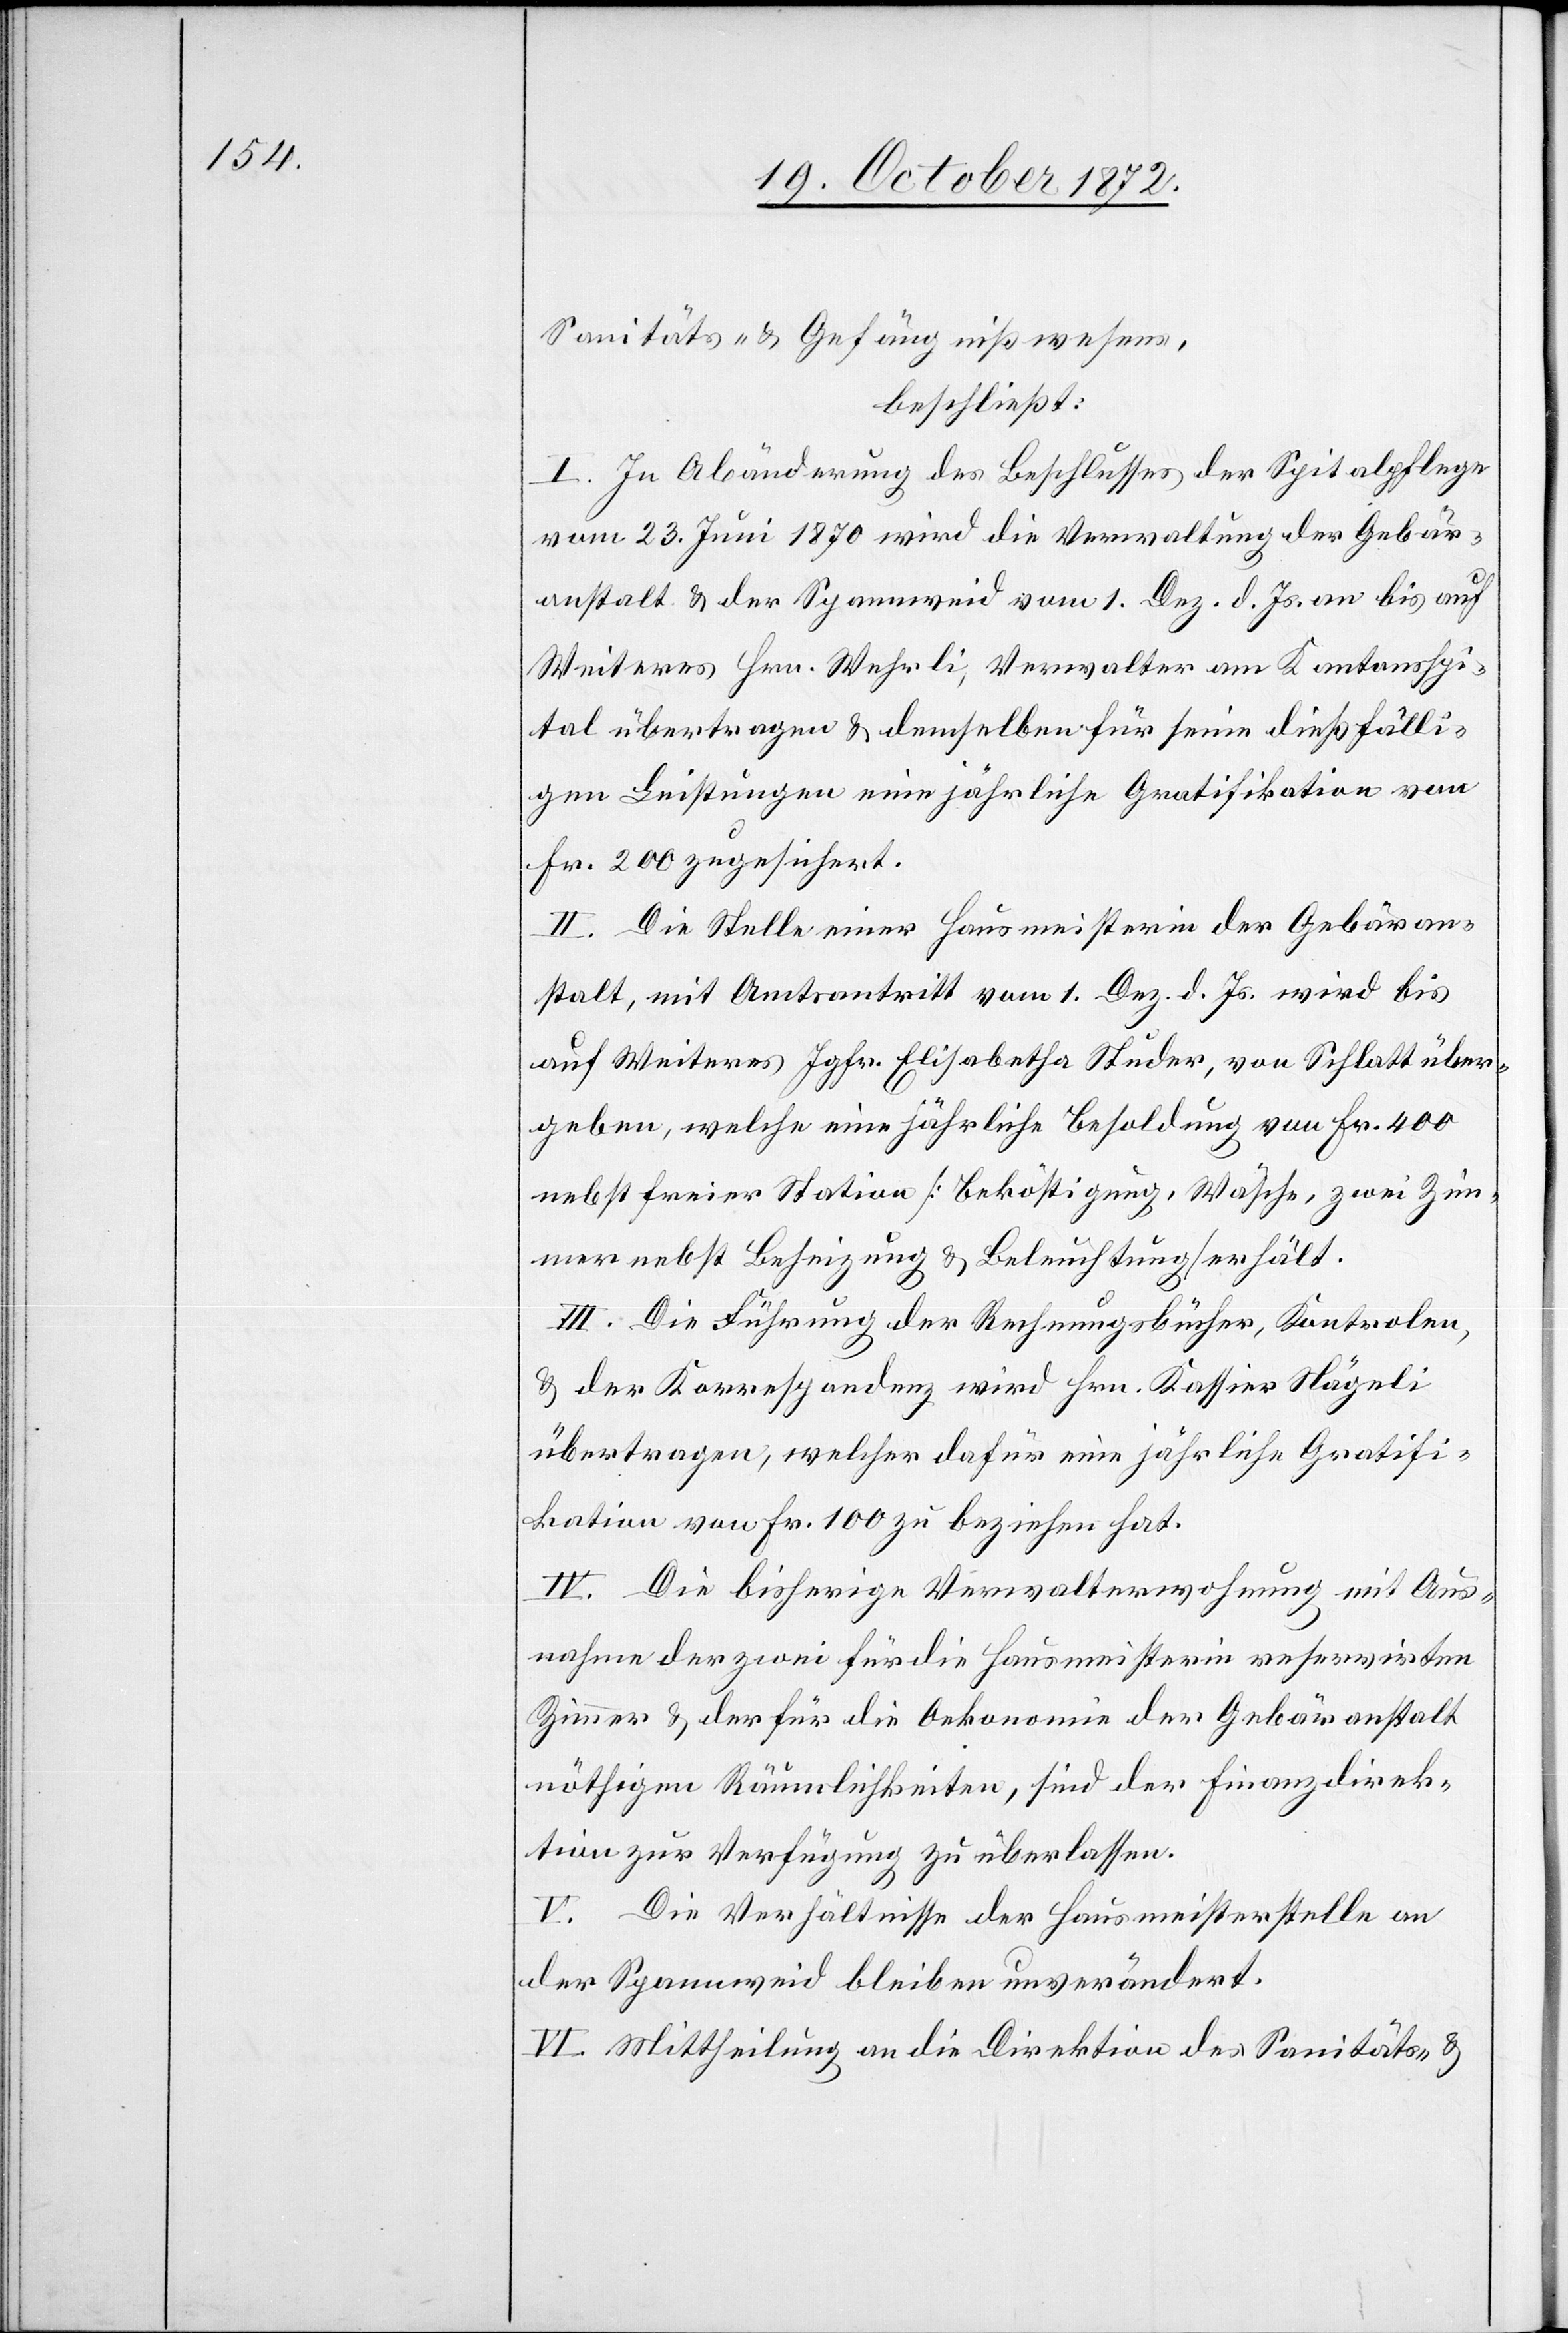
Sanitäts- u. Gefängnißwesens,
beschließt:
I. In Abänderung des Beschlusses der Spitalpflege
vom 23. Juni 1870 wird die Verwaltung der Gebär¬
anstalt u. der Spannweid vom 1. Dez. d. Js. an bis auf
Weiteres Hrn. Wehrli, Verwalter am Kantonsspi¬
tal übertragen u. demselben für seine dießfälli¬
gen Leistungen eine jährliche Gratifikation von
Fr. 200 zugesichert.
II. Die Stelle einer Hausmeisterin der Gebäran¬
stalt, mit Amtsantritt vom 1. Dez. d. Js. wird bis
auf Weiteres Jgfr. Elisabetha Studer, von Schlatt über¬
geben, welche eine jährliche Besoldung von Fr. 400
nebst freier Station [Beköstigung, Wäsche, zwei Zim¬
mer nebst Beheizung u. Beleuchtung] erhält.
III. Die Führung der Rechnungsbücher, Kontrolen,
u. der Korrespondenz wird Hrn. Kassier Nägeli
übertragen, welcher dafür eine jährliche Gratifi¬
kation von Fr. 100 zu beziehen hat.
IV. Die bisherige Verwaltungswohnung mit Aus¬
nahme der zwei für die Hausmeisterin reservirten
Zimmer u. der für die Oekonomie der Gebäranstalt
nöthigen Räumlichkeiten, sind der Finanzdirek¬
tion zur Verfügung zu überlassen.
V. Die Verhältnisse der Hausmeisterstelle an
der Spannweid bleiben unverändert.
VI. Mittheilung an die Direktion des Sanitäts- u.